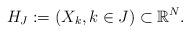
LaTeX: \begin{align*}H_{J}:=(X_{k}, k\in J)\subset \mathbb{R}^{N}.\end{align*}